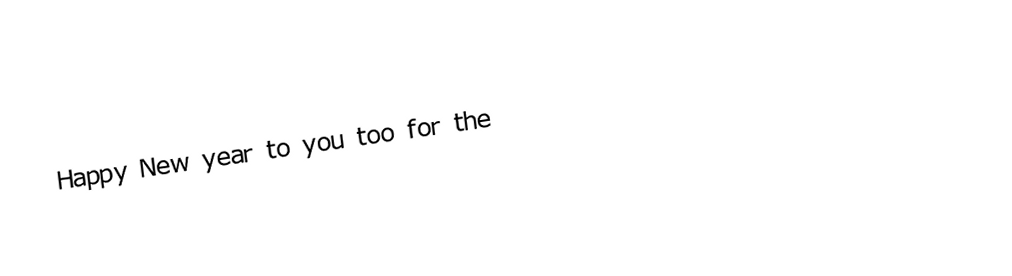
Happy New year to you too for the